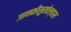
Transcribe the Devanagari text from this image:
जानकीसुखोल्हास